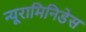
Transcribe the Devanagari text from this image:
न्यूरामिनिडेस